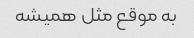
به موقع مثل همیشه